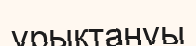
ұрықтануы